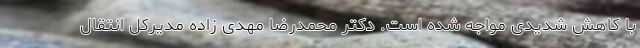
با کاهش شدیدی مواجه شده است. دکتر محمدرضا مهدی زاده مدیرکل انتقال